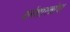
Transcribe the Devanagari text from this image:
धर्मशास्त्रांचा